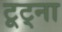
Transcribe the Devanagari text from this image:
टूट्ना